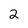
Character: 2